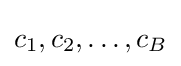
c_{1},c_{2},\dots ,c_{B}